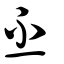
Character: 㔻